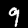
Label: 9